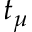
t _ { \mu }